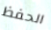
الحفظ